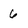
Character: 6